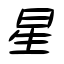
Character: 星